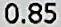
0.85